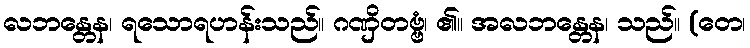
လဘန္တေန၊ ရသောရဟန်းသည်။ ဂဏှိတဗ္ဗံ၊ ၏။ အလဘန္တေန၊ သည်။ (တေ၊